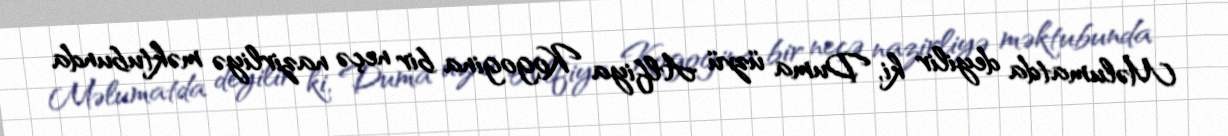
Məlumatda deyilir ki, Duma üzvü Alfiya Kogogina bir neçə nazirliyə məktubunda